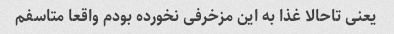
یعنی تاحالا غذا به این مزخرفی نخورده بودم واقعا متاسفم